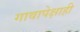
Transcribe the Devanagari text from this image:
गावापेक्षाही